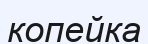
копейка